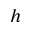
h